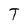
Character: T